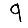
Digit: 9